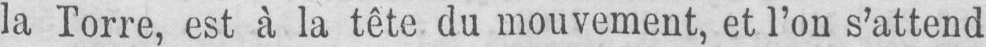
la Torre, est à la tête du mouvement, et l’on s’attend